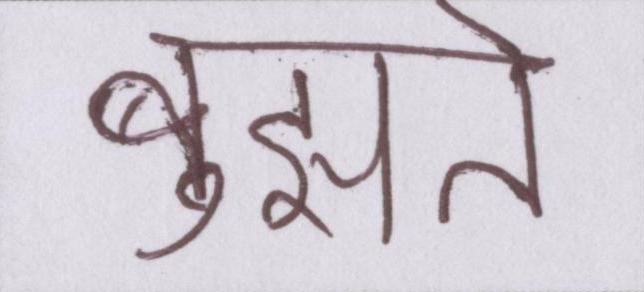
बुझते